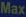
Max